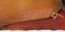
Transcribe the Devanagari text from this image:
अन्तर्ग्रथ